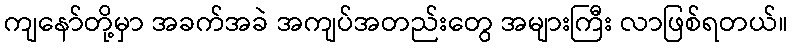
ကျနော်တို့မှာ အခက်အခဲ အကျပ်အတည်းတွေ အများကြီး လာဖြစ်ရတယ်။